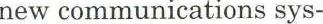
new communications sys-